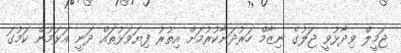
ޖަމީލް ވިދާޅުވީ ޖަލުގެ ނިޒާމް ހަރުދަނާކުރުމަށް އިތުރު ފިޔަވަޅުތައް ދަނީ އަޅަމުން ކަމުގަ